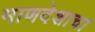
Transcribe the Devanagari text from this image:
माणदेशाचा